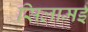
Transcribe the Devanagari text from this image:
सिलामई